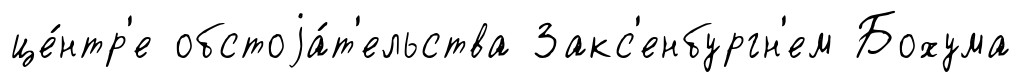
це́нтр'е обстоjа́т'ельства Закс'енбургн'ем Бохума